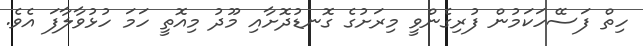
ހިތް ފަސޭހަކަމުން ފުރިގެންވީ މިރަށުގެ ގޮނޑުދޮށާއި މޫދު މިއޮތީ ހަމަ ހުޅުވާލާފަ އެވެ.